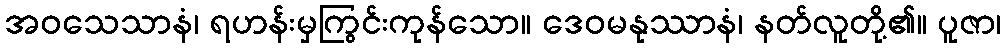
အဝသေသာနံ၊ ရဟန်းမှကြွင်းကုန်သော။ ဒေဝမနုဿာနံ၊ နတ်လူတို့၏။ ပူဇာ၊